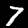
Label: 7